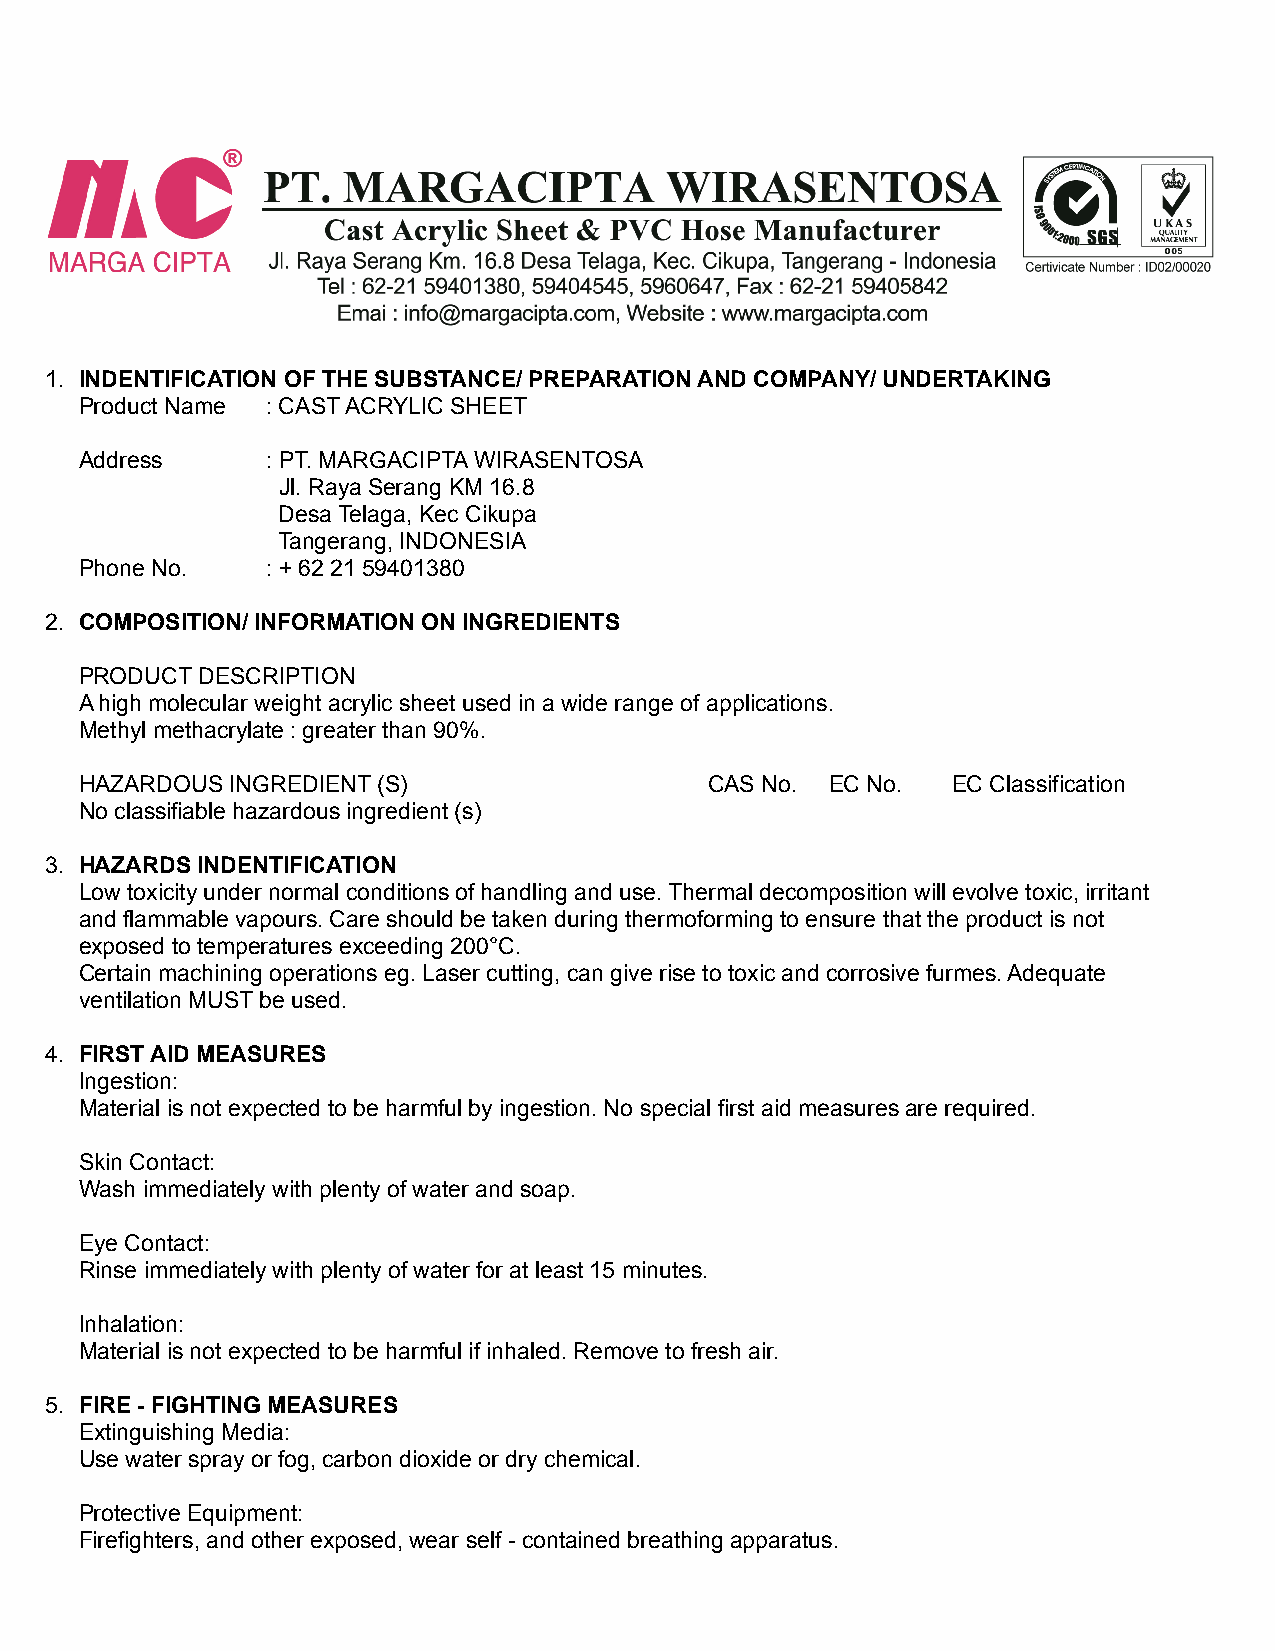
1. INDENTIFICATION OF THE SUBSTANCE/ PREPARATION AND COMPANY/ UNDERTAKING
 Product Name : CAST ACRYLIC SHEET
 Address      : PT. MARGACIPTA WIRASENTOSA
 Jl. Raya Serang KM 16.8
 Desa Telaga, Kec Cikupa
 Tangerang, INDONESIA
 Phone No.    : + 62 21 59401380
 2. COMPOSITION/ INFORMATION ON INGREDIENTS
 PRODUCT DESCRIPTION
 A high molecular weight acrylic sheet used in a wide range of applications.
 Methyl methacrylate : greater than 90%.
 HAZARDOUS INGREDIENT (S)                  CAS No. EC No.  EC Classification
 No classifiable hazardous ingredient (s)
 3. HAZARDS INDENTIFICATION
 Low toxicity under normal conditions of handling and use. Thermal decomposition will evolve toxic, irritant
 and flammable vapours. Care should be taken during thermoforming to ensure that the product is not
 exposed to temperatures exceeding 200°C.
 Certain machining operations eg. Laser cutting, can give rise to toxic and corrosive furmes. Adequate
 ventilation MUST be used.
 4. FIRST AID MEASURES
 Ingestion:
 Material is not expected to be harmful by ingestion. No special first aid measures are required.
 Skin Contact:
 Wash immediately with plenty of water and soap.
 Eye Contact:
 Rinse immediately with plenty of water for at least 15 minutes.
 Inhalation:
 Material is not expected to be harmful if inhaled. Remove to fresh air.
 5. FIRE - FIGHTING MEASURES
 Extinguishing Media:
 Use water spray or fog, carbon dioxide or dry chemical.
 Protective Equipment:
 Firefighters, and other exposed, wear self - contained breathing apparatus.